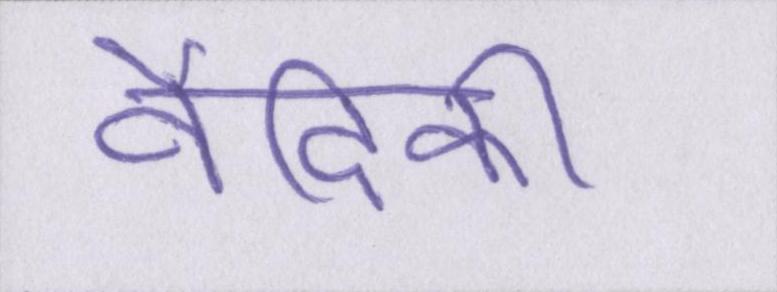
वैदिकी